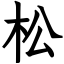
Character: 松